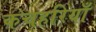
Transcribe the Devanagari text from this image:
कचहरियाँ